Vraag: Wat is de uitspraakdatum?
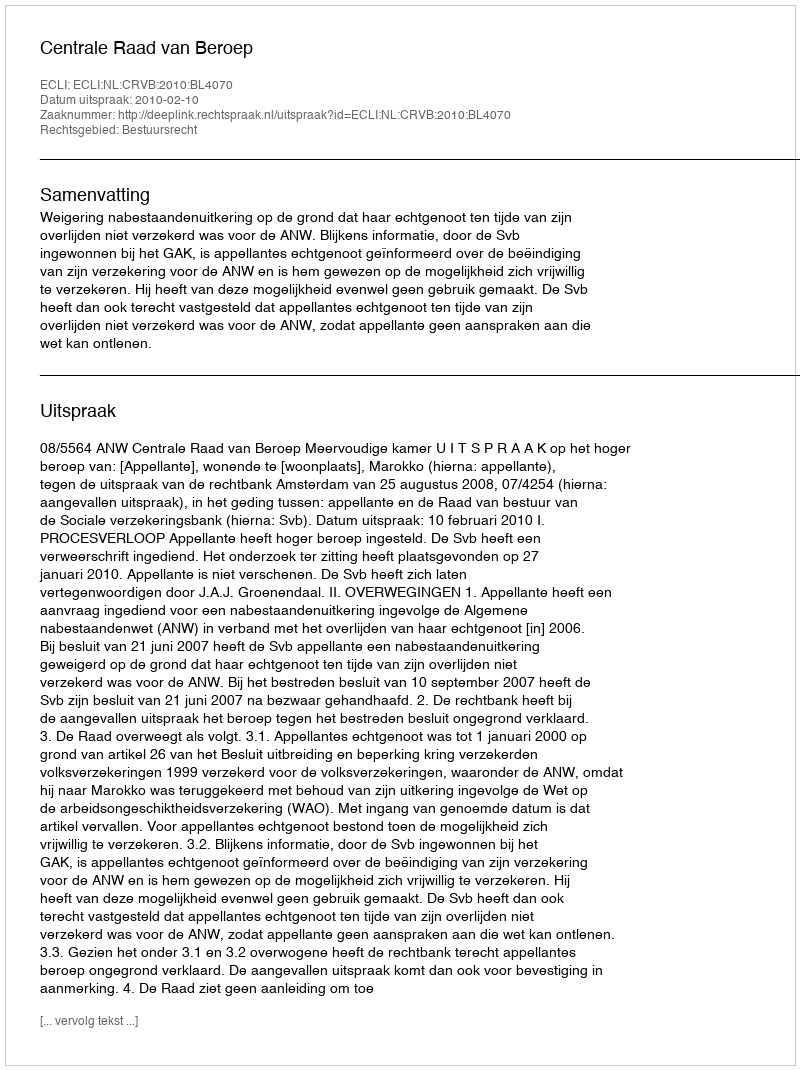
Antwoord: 2010-02-10